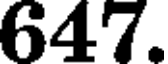
647.